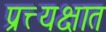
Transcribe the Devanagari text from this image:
प्रत्त्यक्षात